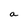
Character: a